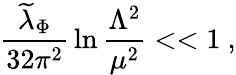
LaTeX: {\frac{{\widetilde\lambda}_{\Phi}}{32\pi^{2}}}\ln{\frac{\Lambda^{2}}{\mu^{2}}}<<1~,